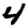
Digit: 4